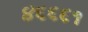
૪૬૬૬૧